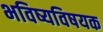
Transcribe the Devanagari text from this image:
भविष्यविषयक